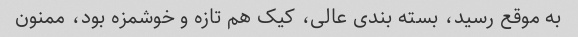
به موقع رسید، بسته بندی عالی، کیک هم تازه و خوشمزه بود، ممنون